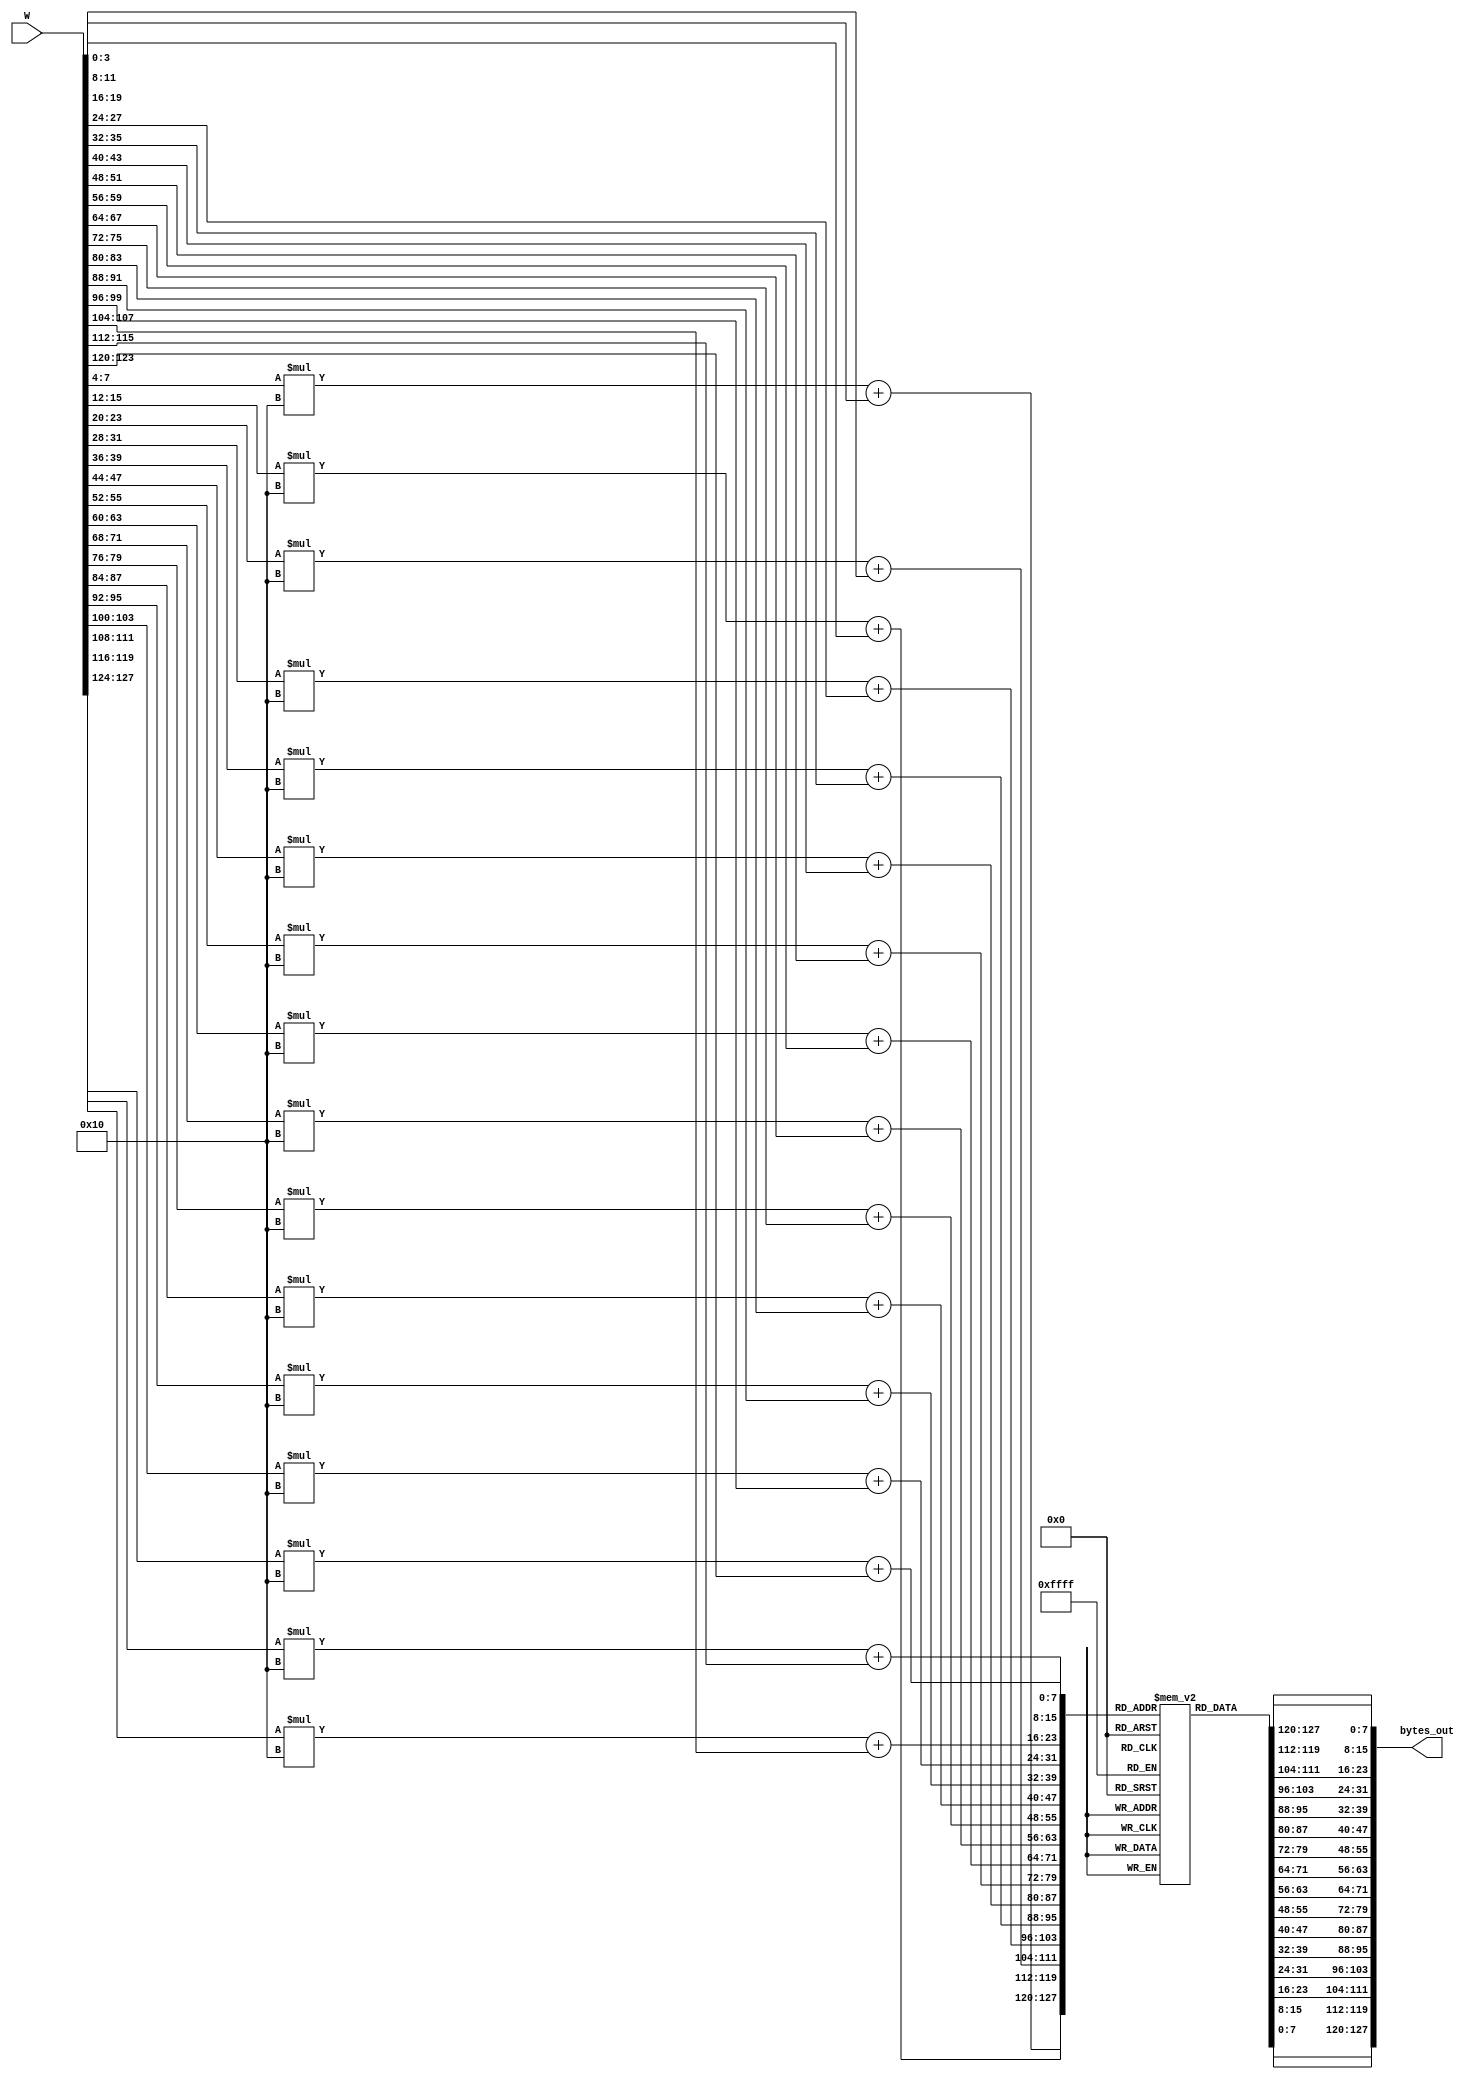

module Sub_byte128 (input wire [127:0] W,output reg [127:0] bytes_out);

reg [7:0] s_box [15:0][15:0];
//reg [127:0] bytes_next;


initial
begin
 	// first row 
	s_box[0][0] = 8'h63;
	s_box[0][1] = 8'h7C;
	s_box[0][2] = 8'h77;
	s_box[0][3] = 8'h7B;
	s_box[0][4] = 8'hF2;
	s_box[0][5] = 8'h6B;
	s_box[0][6] = 8'h6F;
	s_box[0][7] = 8'hC5;
	s_box[0][8] = 8'h30;
	s_box[0][9] = 8'h01;
	s_box[0][10] = 8'h67;
	s_box[0][11] = 8'h2B;
	s_box[0][12] = 8'hFE;
	s_box[0][13] = 8'hD7;
	s_box[0][14] = 8'hAB;
	s_box[0][15] = 8'h76;


 	// second row 
	s_box[1][0] = 8'hCA;
	s_box[1][1] = 8'h82;
	s_box[1][2] = 8'hC9;
	s_box[1][3] = 8'h7D;
	s_box[1][4] = 8'hFA;
	s_box[1][5] = 8'h59;
	s_box[1][6] = 8'h47;
	s_box[1][7] = 8'hF0;
	s_box[1][8] = 8'hAD;
	s_box[1][9] = 8'hD4;
	s_box[1][10] = 8'hA2;
	s_box[1][11] = 8'hAF;
	s_box[1][12] = 8'h9C;
	s_box[1][13] = 8'hA4;
	s_box[1][14] = 8'h72;
	s_box[1][15] = 8'hC0;

 	// third row 
	s_box[2][0] = 8'hB7;
	s_box[2][1] = 8'hFD;
	s_box[2][2] = 8'h93;
	s_box[2][3] = 8'h26;
	s_box[2][4] = 8'h36;
	s_box[2][5] = 8'h3F;
	s_box[2][6] = 8'hF7;
	s_box[2][7] = 8'hCC;
	s_box[2][8] = 8'h34;
	s_box[2][9] = 8'hA5;
	s_box[2][10] = 8'hE5;
	s_box[2][11] = 8'hF1;
	s_box[2][12] = 8'h71;
	s_box[2][13] = 8'hD8;
	s_box[2][14] = 8'h31;
	s_box[2][15] = 8'h15;


 	// fourth row 
	s_box[3][0] = 8'h04;
	s_box[3][1] = 8'hC7;
	s_box[3][2] = 8'h23;
	s_box[3][3] = 8'hC3;
	s_box[3][4] = 8'h18;
	s_box[3][5] = 8'h96;
	s_box[3][6] = 8'h05;
	s_box[3][7] = 8'h9A;
	s_box[3][8] = 8'h07;
	s_box[3][9] = 8'h12;
	s_box[3][10] = 8'h80;
	s_box[3][11] = 8'hE2;
	s_box[3][12] = 8'hEB;
	s_box[3][13] = 8'h27;
	s_box[3][14] = 8'hB2;
	s_box[3][15] = 8'h75;



 	// fifth row 
	s_box[4][0] = 8'h09;
	s_box[4][1] = 8'h83;
	s_box[4][2] = 8'h2C;
	s_box[4][3] = 8'h1A;
	s_box[4][4] = 8'h1B;
	s_box[4][5] = 8'h6E;
	s_box[4][6] = 8'h5A;
	s_box[4][7] = 8'hA0;
	s_box[4][8] = 8'h52;
	s_box[4][9] = 8'h3B;
	s_box[4][10] = 8'hD6;
	s_box[4][11] = 8'hB3;
	s_box[4][12] = 8'h29;
	s_box[4][13] = 8'hE3;
	s_box[4][14] = 8'h2F;
	s_box[4][15] = 8'h84;



 	// sixth row 
	s_box[5][0]  = 8'h53;
	s_box[5][1]  = 8'hD1;
	s_box[5][2]  = 8'h00;
	s_box[5][3]  = 8'hED;
	s_box[5][4]  = 8'h20;
	s_box[5][5]  = 8'hFC;
	s_box[5][6]  = 8'hB1;
	s_box[5][7]  = 8'h5B;
	s_box[5][8]  = 8'h6A;
	s_box[5][9]  = 8'hCB;
	s_box[5][10] = 8'hBE;
	s_box[5][11] = 8'h39;
	s_box[5][12] = 8'h4A;
	s_box[5][13] = 8'h4C;
	s_box[5][14] = 8'h58;
	s_box[5][15] = 8'hCF;


 	// seventh row 
	s_box[6][0] = 8'hD0;
	s_box[6][1] = 8'hEF;
	s_box[6][2] = 8'hAA;
	s_box[6][3] = 8'hFB;
	s_box[6][4] = 8'h43;
	s_box[6][5] = 8'h4D;
	s_box[6][6] = 8'h33;
	s_box[6][7] = 8'h85;
	s_box[6][8] = 8'h45;
	s_box[6][9] = 8'hF9;
	s_box[6][10] = 8'h02;
	s_box[6][11] = 8'h7F;
	s_box[6][12] = 8'h50;
	s_box[6][13] = 8'h3C;
	s_box[6][14] = 8'h9F;
	s_box[6][15] = 8'hA8;

 	// eighth row 
	s_box[7][0] = 8'h51;
	s_box[7][1] = 8'hA3;
	s_box[7][2] = 8'h40;
	s_box[7][3] = 8'h8F;
	s_box[7][4] = 8'h92;
	s_box[7][5] = 8'h9D;
	s_box[7][6] = 8'h38;
	s_box[7][7] = 8'hF5;
	s_box[7][8] = 8'hBC;
	s_box[7][9] = 8'hB6;
	s_box[7][10] = 8'hDA;
	s_box[7][11] = 8'h21;
	s_box[7][12] = 8'h10;
	s_box[7][13] = 8'hFF;
	s_box[7][14] = 8'hF3;
	s_box[7][15] = 8'hD2;

 	// ninth row 
	s_box[8][0] = 8'hCD;
	s_box[8][1] = 8'h0C;
	s_box[8][2] = 8'h13;
	s_box[8][3] = 8'hEC;
	s_box[8][4] = 8'h5F;
	s_box[8][5] = 8'h97;
	s_box[8][6] = 8'h44;
	s_box[8][7] = 8'h17;
	s_box[8][8] = 8'hC4;
	s_box[8][9] = 8'hA7;
	s_box[8][10] = 8'h7E;
	s_box[8][11] = 8'h3D;
	s_box[8][12] = 8'h64;
	s_box[8][13] = 8'h5D;
	s_box[8][14] = 8'h19;
	s_box[8][15] = 8'h73;


 	// tenth row 
	s_box[9][0] = 8'h60;
	s_box[9][1] = 8'h81;
	s_box[9][2] = 8'h4F;
	s_box[9][3] = 8'hDC;
	s_box[9][4] = 8'h22;
	s_box[9][5] = 8'h2A;
	s_box[9][6] = 8'h90;
	s_box[9][7] = 8'h88;
	s_box[9][8] = 8'h46;
	s_box[9][9] = 8'hEE;
	s_box[9][10] = 8'hB8;
	s_box[9][11] = 8'h14;
	s_box[9][12] = 8'hDE;
	s_box[9][13] = 8'h5E;
	s_box[9][14] = 8'h0B;
	s_box[9][15] = 8'hDB;



	// eleventh row 
	s_box[10][0] = 8'hE0;
	s_box[10][1] = 8'h32;
	s_box[10][2] = 8'h3A;
	s_box[10][3] = 8'h0A;
	s_box[10][4] = 8'h49;
	s_box[10][5] = 8'h06;
	s_box[10][6] = 8'h24;
	s_box[10][7] = 8'h5C;
	s_box[10][8] = 8'hC2;
	s_box[10][9] = 8'hD3;
	s_box[10][10] = 8'hAC;
	s_box[10][11] = 8'h62;
	s_box[10][12] = 8'h91;
	s_box[10][13] = 8'h95;
	s_box[10][14] = 8'hE4;
	s_box[10][15] = 8'h79;

	// twelveth row 
	s_box[11][0] = 8'hE7;
	s_box[11][1] = 8'hC8;
	s_box[11][2] = 8'h37;
	s_box[11][3] = 8'h6D;
	s_box[11][4] = 8'h8D;
	s_box[11][5] = 8'hD5;
	s_box[11][6] = 8'h4E;
	s_box[11][7] = 8'hA9;
	s_box[11][8] = 8'h6C;
	s_box[11][9] = 8'h56;
	s_box[11][10] = 8'hF4;
	s_box[11][11] = 8'hEA;
	s_box[11][12] = 8'h65;
	s_box[11][13] = 8'h7A;
	s_box[11][14] = 8'hAE;
	s_box[11][15] = 8'h08;


	// thirteenth row 
	s_box[12][0] = 8'hBA;
	s_box[12][1] = 8'h78;
	s_box[12][2] = 8'h25;
	s_box[12][3] = 8'h2E;
	s_box[12][4] = 8'h1C;
	s_box[12][5] = 8'hA6;
	s_box[12][6] = 8'hB4;
	s_box[12][7] = 8'hC6;
	s_box[12][8] = 8'hE8;
	s_box[12][9] = 8'hDD;
	s_box[12][10] = 8'h74;
	s_box[12][11] = 8'h1F;
	s_box[12][12] = 8'h4B;
	s_box[12][13] = 8'hBD;
	s_box[12][14] = 8'h8B;
	s_box[12][15] = 8'h8A;

	// fourteenth row 
	s_box[13][0] = 8'h70;
	s_box[13][1] = 8'h3E;
	s_box[13][2] = 8'hB5;
	s_box[13][3] = 8'h66;
	s_box[13][4] = 8'h48;
	s_box[13][5] = 8'h03;
	s_box[13][6] = 8'hF6;
	s_box[13][7] = 8'h0E;
	s_box[13][8] = 8'h61;
	s_box[13][9] = 8'h35;
	s_box[13][10] = 8'h57;
	s_box[13][11] = 8'hB9;
	s_box[13][12] = 8'h86;
	s_box[13][13] = 8'hC1;
	s_box[13][14] = 8'h1D;
	s_box[13][15] = 8'h9E;


	//fifteenth row 
	s_box[14][0] = 8'hE1;
	s_box[14][1] = 8'hF8;
	s_box[14][2] = 8'h98;
	s_box[14][3] = 8'h11;
	s_box[14][4] = 8'h69;
	s_box[14][5] = 8'hD9;
	s_box[14][6] = 8'h8E;
	s_box[14][7] = 8'h94;
	s_box[14][8] = 8'h9B;
	s_box[14][9] = 8'h1E;
	s_box[14][10] = 8'h87;
	s_box[14][11] = 8'hE9;
	s_box[14][12] = 8'hCE;
	s_box[14][13] = 8'h55;
	s_box[14][14] = 8'h28;
	s_box[14][15] = 8'hDF;


	// fifteenth row 
	s_box[15][0] = 8'h8C;
	s_box[15][1] = 8'hA1;
	s_box[15][2] = 8'h89;
	s_box[15][3] = 8'h0D;
	s_box[15][4] = 8'hBF;
	s_box[15][5] = 8'hE6;
	s_box[15][6] = 8'h42;
	s_box[15][7] = 8'h68;
	s_box[15][8] = 8'h41;
	s_box[15][9] = 8'h99;
	s_box[15][10] = 8'h2D;
	s_box[15][11] = 8'h0F;
	s_box[15][12] = 8'hB0;
	s_box[15][13] = 8'h54;
	s_box[15][14] = 8'hBB;
	s_box[15][15] = 8'h16;
end


always@(*) 
begin

		bytes_out[7 :0 ]   = s_box [ W[7 :4] ][ W[ 3:0 ] ] ;
		bytes_out[15:8 ]   = s_box [ W[15:12]][ W[11:8 ] ] ;
		bytes_out[23:16]   = s_box [ W[23:20]][ W[19:16] ] ;
  		bytes_out[31:24]   = s_box [ W[31:28]][ W[27:24] ] ;
		bytes_out[39:32]   = s_box [ W[39:36]][ W[35:32] ] ;
		bytes_out[47:40]   = s_box [ W[47:44]][ W[43:40] ] ;
		bytes_out[55:48]   = s_box [ W[55:52]][ W[51:48] ] ;
  		bytes_out[63:56]   = s_box [ W[63:60]][ W[59:56] ] ;
		bytes_out[71:64]   = s_box [ W[71:68]][ W[67:64] ] ;
		bytes_out[79:72]   = s_box [ W[79:76]][ W[75:72] ] ;
		bytes_out[87:80]   = s_box [ W[87:84]][ W[83:80] ] ;
  		bytes_out[95:88]   = s_box [ W[95:92]][ W[91:88] ] ;
		bytes_out[103:96]  = s_box [ W[103:100]][W[99:96]] ;
		bytes_out[111:104] = s_box [ W[111:108]][W[107:104]] ;
		bytes_out[119:112] = s_box [ W[119:116]][ W[115:112] ] ;
  		bytes_out[127:120] = s_box [ W[127:124]][ W[123:120] ] ;

end
endmodule